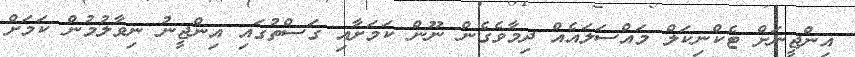
އިންޖީނަށް ޓެކްނިކަލް މައްސަލައެއް ދިމާވެގެން ނޫން ކަމަށާއި ގަސްތުގައި އިންޖީނު ނިވާލުމުން ކަމަށް